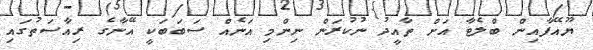
ޔޫއޭފާއިން ބްލެެޓާ އަށް ތާއީދު ނުކުރަން ނިންމި އަނެއް ސަބަބަކީ އޭނާގެ ރިއާސަތުގައި